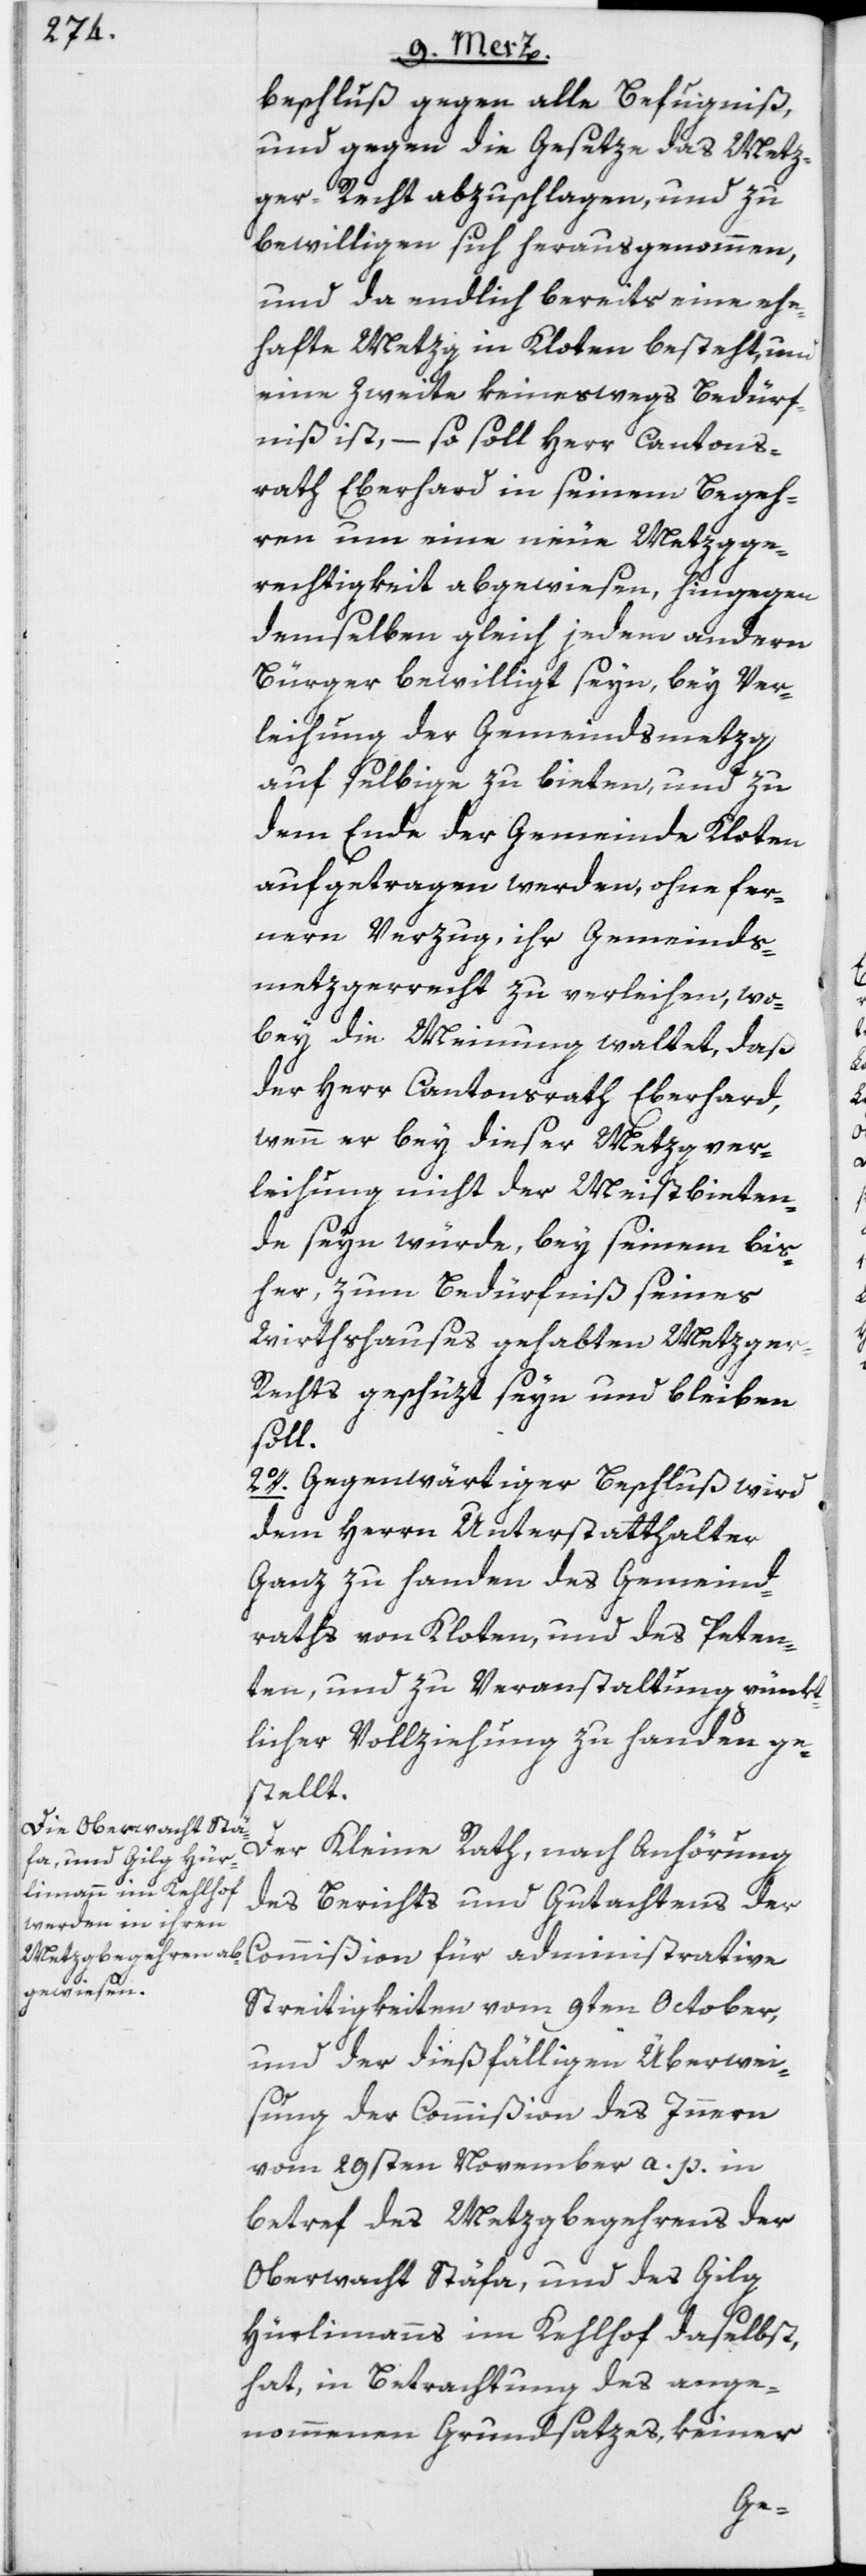
beschluß gegen alle Befugniß,
und gegen die Gesetze das Metz¬
ger-Recht abzuschlagen, und zu
bewilligen sich herausgenommen,
und da endlich bereits eine ehe¬
hafte Metzg in Kloten besteht, und
eine Zweite keineswegs Bedürf¬
niß ist, – so soll Herr Cantons¬
rath Eberhard in seinem Begeh¬
ren um eine neue Metzgge¬
rechtigkeit abgewiesen, hingegen
demselben gleich jedem andern
Bürger bewilligt seyn, bey Ver¬
leihung der Gemeindsmetzg
auf selbige zu bieten, und zu
dem Ende der Gemeinde Kloten
aufgetragen werden, ohne fer¬
nern Verzug, ihr Gemeinds¬
metzgerrecht zu verleihen, wo¬
bey die Meinung waltet, daß
der Herr Cantonsrath Eberhard,
wenn er bey dieser Metzgver¬
leihung nicht der Meistbieten¬
de seyn würde, bey seinem bis¬
her, zum Bedürfniß seines
Wirthshauses gehabten Metzge¬
r-Rechts geschüzt seyn und bleiben
soll.
2o. Gegenwärtiger Beschluß wird
dem Herrn Unterstatthalter
Ganz zu handen des Gemeind¬
raths von Kloten, und des Peten¬
ten, und zu Veranstaltung pünkt¬
licher Vollziehung zu handen ge¬
stellt.
Der Kleine Rath, nach Anhörung
des Berichts und Gutachtens der
Commißion für administrative
Streitigkeiten vom 9ten October,
und der dießfälligen Überwei¬
sung der Commißion des Innern
vom 29sten November a. p. in
betref des Metzgbegehrens der
Oberwacht Stäfa, und des Gilg
Hürlimanns im Kehlhof daselbst,
hat in Betrachtung des ange¬
nommenen Grundsatzes, keiner